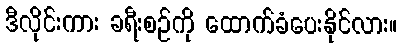
ဒီလိုင်းကား ခရီးစဉ်ကို ထောက်ခံပေးနိုင်လား။